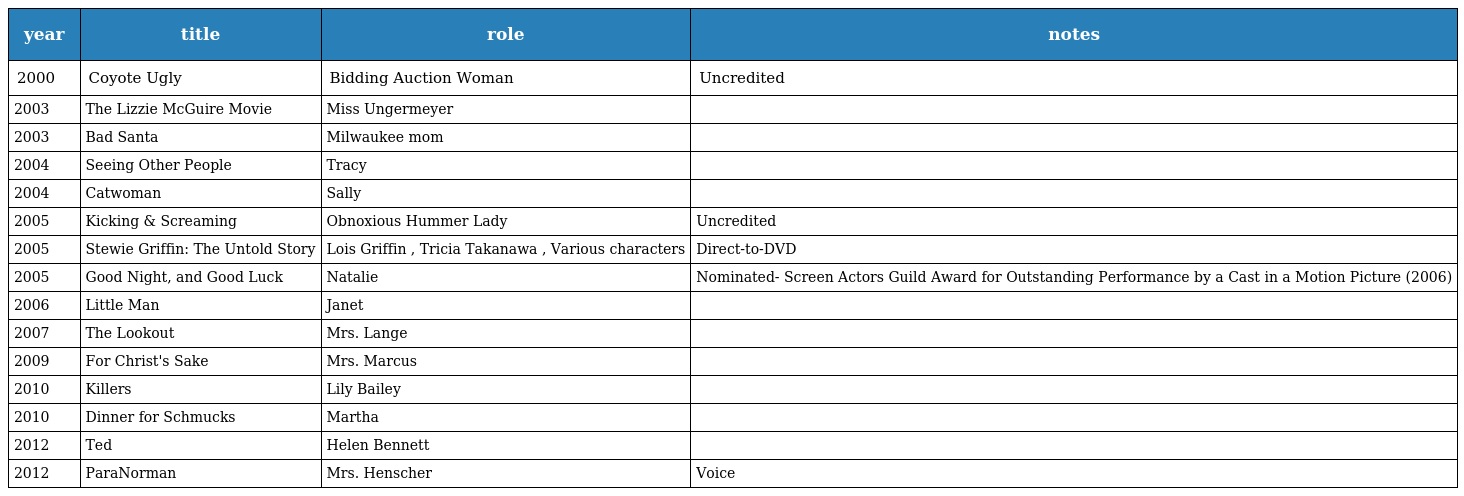
| year | title | role | notes |
 | --- | --- | --- | --- |
 | 2000 | Coyote Ugly | Bidding Auction Woman | Uncredited |
 | 2003 | The Lizzie McGuire Movie | Miss Ungermeyer |  |
 | 2003 | Bad Santa | Milwaukee mom |  |
 | 2004 | Seeing Other People | Tracy |  |
 | 2004 | Catwoman | Sally |  |
 | 2005 | Kicking & Screaming | Obnoxious Hummer Lady | Uncredited |
 | 2005 | Stewie Griffin: The Untold Story | Lois Griffin , Tricia Takanawa , Various characters | Direct-to-DVD |
 | 2005 | Good Night, and Good Luck | Natalie | Nominated- Screen Actors Guild Award for Outstanding Performance by a Cast in a Motion Picture (2006) |
 | 2006 | Little Man | Janet |  |
 | 2007 | The Lookout | Mrs. Lange |  |
 | 2009 | For Christ's Sake | Mrs. Marcus |  |
 | 2010 | Killers | Lily Bailey |  |
 | 2010 | Dinner for Schmucks | Martha |  |
 | 2012 | Ted | Helen Bennett |  |
 | 2012 | ParaNorman | Mrs. Henscher | Voice |